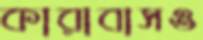
কারাবাসও